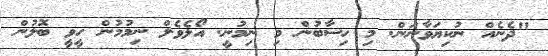
"ދެނެއް ނުކިޔަވާނަން. މި ހިސާބުން މި ނިމުނީ. އޯލެވެލް ނިމުމުން ހީވީ ބޮލުން